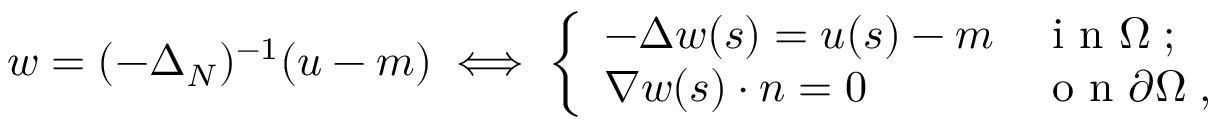
w = ( - \Delta _ { N } ) ^ { - 1 } ( u - m ) \iff \left\{ \begin{array} { l l } { - \Delta w ( \boldsymbol { s } ) = u ( \boldsymbol { s } ) - m } & { \mathrm { ~ i ~ n ~ } \Omega \; ; } \\ { \nabla w ( \boldsymbol { s } ) \cdot \boldsymbol { n } = 0 } & { \mathrm { ~ o ~ n ~ } \partial \Omega \; , } \end{array} \right.